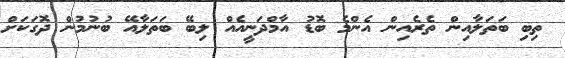
ތިބި ބަތަލާއިން ތެރެއިން އެންމެ ބޮޑު އާމްދަނީއެއް ލިބޭ ބަތަލާއޭ ބުނުމުން ދޮގަކަށް